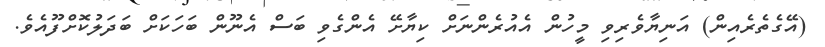
(އޭގެތެރެއިން) އަނިޔާވެރިވި މީހުން އެއުރެންނަށް ކިޔާށޭ އެންގެވި ބަސް އެނޫން ބަހަކަށް ބަދަލުކޮށްފޫއެވެ.